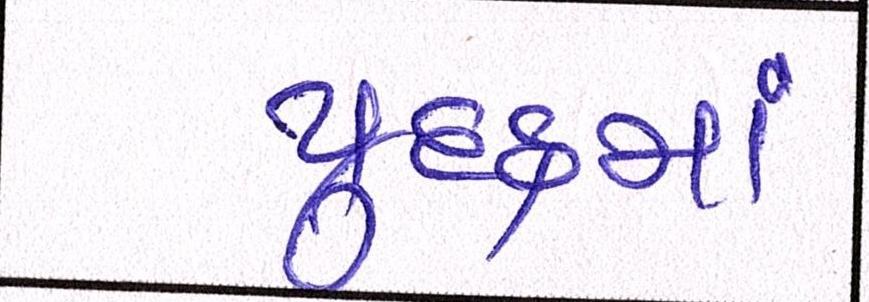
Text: યુદ્ધમાં